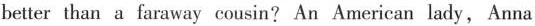
better than a faraway cousin? An American lady, Anna